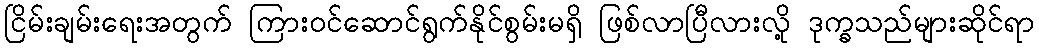
ငြိမ်းချမ်းရေးအတွက် ကြားဝင်ဆောင်ရွက်နိုင်စွမ်းမရှိ ဖြစ်လာပြီလားလို့ ဒုက္ခသည်များဆိုင်ရာ